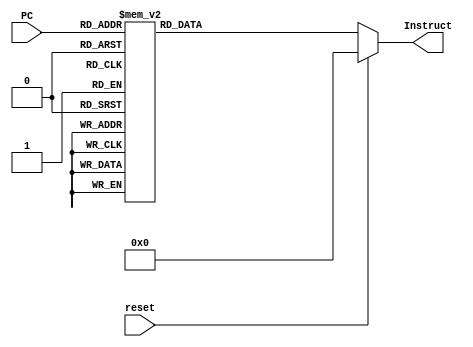
module CPU_Instruction_Memorg(reset,PC,Instruct);
input[6:0] PC;  //only require PC[8:2]
input reset;
output reg[31:0] Instruct;
always@(*) 
 begin
	if(reset) Instruct<=32'b0;
	else 
	 begin
		case(PC[6:0])
		 //Software decoding:
		 7'b0000000: Instruct<=32'b000010_00000000000000000001001101;     //j   reset
     7'b0000001: Instruct<=32'b000010_00000000000000000001010011;     //j   ILLOP
		 7'b0000010: Instruct<=32'b000000_11010_00000_00000_00000_001000; //jr  XADR
		 7'b0000011: Instruct<=32'b001001_00000_01000_0000000011000000; //addiu $t0, $zero, 192   0
		 7'b0000100: Instruct<=32'b101011_00000_01000_0000000000000000; //sw    $t0, 0($zero)
		 7'b0000101: Instruct<=32'b001001_00000_01000_0000000011111001; //addiu $t0, $zero, 249   1
		 7'b0000110: Instruct<=32'b101011_00000_01000_0000000000000100; //sw    $t0, 4($zero)
		 7'b0000111: Instruct<=32'b001001_00000_01000_0000000010100100; //addiu $t0, $zero, 164   2
		 7'b0001000: Instruct<=32'b101011_00000_01000_0000000000001000; //sw    $t0, 8($zero)
		 7'b0001001: Instruct<=32'b001001_00000_01000_0000000010110000; //addiu $t0, $zero, 176   3
		 7'b0001010: Instruct<=32'b101011_00000_01000_0000000000001100; //sw    $t0, 12($zero)
		 7'b0001011: Instruct<=32'b001001_00000_01000_0000000010011001; //addiu $t0, $zero, 153   4
		 7'b0001100: Instruct<=32'b101011_00000_01000_0000000000010000; //sw    $t0, 16($zero)
		 7'b0001101: Instruct<=32'b001001_00000_01000_0000000010010010; //addiu $t0, $zero, 146   5
		 7'b0001110: Instruct<=32'b101011_00000_01000_0000000000010100; //sw    $t0, 20($zero)
		 7'b0001111: Instruct<=32'b001001_00000_01000_0000000010000010; //addiu $t0, $zero, 130   6
		 7'b0010000: Instruct<=32'b101011_00000_01000_0000000000011000; //sw    $t0, 24($zero)
		 7'b0010001: Instruct<=32'b001001_00000_01000_0000000011111000; //addiu $t0, $zero, 248   7
		 7'b0010010: Instruct<=32'b101011_00000_01000_0000000000011100; //sw    $t0, 28($zero)
		 7'b0010011: Instruct<=32'b001001_00000_01000_0000000010000000; //addiu $t0, $zero, 128   8
		 7'b0010100: Instruct<=32'b101011_00000_01000_0000000000100000; //sw    $t0, 32($zero)
		 7'b0010101: Instruct<=32'b001001_00000_01000_0000000010010000; //addiu $t0, $zero, 144   9
		 7'b0010110: Instruct<=32'b101011_00000_01000_0000000000100100; //sw    $t0, 36($zero)
		 7'b0010111: Instruct<=32'b001001_00000_01000_0000000010001000; //addiu $t0, $zero, 136   a
		 7'b0011000: Instruct<=32'b101011_00000_01000_0000000000101000; //sw    $t0, 40($zero)
		 7'b0011001: Instruct<=32'b001001_00000_01000_0000000010000011; //addiu $t0, $zero, 131   b
		 7'b0011010: Instruct<=32'b101011_00000_01000_0000000000101100; //sw    $t0, 44($zero)
		 7'b0011011: Instruct<=32'b001001_00000_01000_0000000011000110; //addiu $t0, $zero, 198   c
		 7'b0011100: Instruct<=32'b101011_00000_01000_0000000000110000; //sw    $t0, 48$(zero)
		 7'b0011101: Instruct<=32'b001001_00000_01000_0000000010100001; //addiu $t0, $zero, 161   d
		 7'b0011110: Instruct<=32'b101011_00000_01000_0000000000110100; //sw    $t0, 52($zero)
		 7'b0011111: Instruct<=32'b001001_00000_01000_0000000010000110; //addiu $t0, $zero, 134   e
		 7'b0100000: Instruct<=32'b101011_00000_01000_0000000000111000; //sw    $t0, 56($zero)
		 7'b0100001: Instruct<=32'b001001_00000_01000_0000000010001110; //addiu $t0, $zero, 142   f
		 7'b0100010: Instruct<=32'b101011_00000_01000_0000000000111100; //sw    $t0, 60($zero)
		 //Initial v0=1
		 7'b0100011: Instruct<=32'b001001_00000_00010_0000000000000001; //addiu $v0, $zero, 1       //$v0:AN
		 //record the two 8bits numbers
		 7'b0100100: Instruct<=32'b000000_00000_00000_0000000000000000;   //nop
		 7'b0100101: Instruct<=32'b100011_10000_10001_0000000000011100;   //lw   $s1, 28($s0)        //$s1:UART_RXD
		 7'b0100110: Instruct<=32'b000000_00000_10001_01001_00000_100000; //add  $t1, $s1, $zero
		 7'b0100111: Instruct<=32'b100011_10000_10010_0000000000011100;   //lw   $s2, 28($s0)        //$s2:UART_RXD
		 7'b0101000: Instruct<=32'b000000_00000_10010_01010_00000_100000; //add  $t2, $s2, $zero
		 7'b0101001: Instruct<=32'b000100_01001_00000_0000000000001000;   //beq  $t1, $zero, caseC   //num1==0,result=num2
		 7'b0101010: Instruct<=32'b000100_01010_00000_0000000000001001;   //beq  $t2, $zero, caseD   //num2==0,result=num1
	  	//Loop1:
		 7'b0101011: Instruct<=32'b000100_01001_01010_0000000000001000;   //beq  $t1, $t2, caseD
		 7'b0101100: Instruct<=32'b000000_01001_01010_01000_00000_101010; //slt  $t0, $t1, $t2
		 7'b0101101: Instruct<=32'b000101_01000_00000_0000000000000010;   //bne  $t0, $zero, caseB
		 //caseA:
		 7'b0101110: Instruct<=32'b000000_01001_01010_01001_00000_100010; //sub  $t1, $t1, $t2       //num1>num2
		 7'b0101111: Instruct<=32'b000010_00000000000000000000101011;     //j    Loop1
		 //caseB:
		 7'b0110000: Instruct<=32'b000000_01010_01001_01010_00000_100010; //sub  $t2, $t2, $t1       //num2>num1
		 7'b0110001: Instruct<=32'b000010_00000000000000000000101011;     //j    Loop1
		 //caseC:
		 7'b0110010: Instruct<=32'b000000_01010_00000_00011_00000_100000; //add  $v1, $t2, $zero     //$v1:result
		 7'b0110011: Instruct<=32'b000010_00000000000000000000110101;     //j    AN                  
	  	//caseD:                  
		 7'b0110100: Instruct<=32'b000000_01001_00000_00011_00000_100000; //add  $v1, $t1, $zero     	 
		 //AN:           
		 7'b0110101: Instruct<=32'b000000_00000_00010_01011_00001_000010; //srl  $t3, $v0, 1         
		 7'b0110110: Instruct<=32'b000100_01011_00000_0000000000001000;   //beq  $t3, $zero, num1     //digital:num1
		 7'b0110111: Instruct<=32'b000000_00000_00010_01011_00010_000010; //srl  $t3, $v0, 2
		 7'b0111000: Instruct<=32'b000100_01011_00000_0000000000001001;   //beq  $t3, $zero, num2     //digital:num2
		 7'b0111001: Instruct<=32'b000000_00000_00010_01011_00011_000010; //srl  $t3, $v0, 3         
		 7'b0111010: Instruct<=32'b000100_01011_00000_0000000000001010;   //beq  $t3, $zero, num3     //digital:num3
     7'b0111011: Instruct<=32'b001001_00000_00010_0000000000000001;   //addiu $v0, $zero, 1       //digital:num4
 		 7'b0111100: Instruct<=32'b000000_00000_10010_10011_00100_000010; //srl  $s3, $s2, 4		 
		 7'b0111101: Instruct<=32'b000000_00000_10011_10011_00010_000000; //sll  $s3, $s3, 2
		 7'b0111110: Instruct<=32'b000010_00000000000000000001001001;     //j     Output
		 //num1:
		 7'b0111111: Instruct<=32'b001100_10001_10011_0000000000001111;   //andi $s3, $s1, 15 
		 7'b1000000: Instruct<=32'b000000_00000_10011_10011_00010_000000; //sll  $s3, $s3, 2 
		 7'b1000001: Instruct<=32'b000010_00000000000000000001001000;     //j    shift 
		 //num2:
		 7'b1000010: Instruct<=32'b000000_00000_10001_10011_00100_000010; //srl  $s3, $s1, 4		 
		 7'b1000011: Instruct<=32'b000000_00000_10011_10011_00010_000000; //sll  $s3, $s3, 2
		 7'b1000100: Instruct<=32'b000010_00000000000000000001001000;     //j    shift
		 //num3:
		 7'b1000101: Instruct<=32'b001100_10010_10011_0000000000001111;   //andi $s3, $s2, 15 
		 7'b1000110: Instruct<=32'b000000_00000_10011_10011_00010_000000; //sll  $s3, $s3, 2 
		 7'b1000111: Instruct<=32'b000010_00000000000000000001001000;     //j    shift 		 
		 //shift:
		 7'b1001000: Instruct<=32'b000000_00000_00010_00010_00001_000000; //sll  $v0, $v0, 1
		 //Output:
		 7'b1001001: Instruct<=32'b000010_00000000000000000001001001;     //j   Output
		 7'b1001010: Instruct<=32'b00000000000000000000000000000000;      //nop
		 7'b1001011: Instruct<=32'b11111111111111111111111111111111;      //exception
		 7'b1001100: Instruct<=32'b000010_00000000000000000000100100;     //j   preparation
	  	//reset:
		 7'b1001101: Instruct<=32'b001001_00000_10100_0000000000000011;   //addiu $s4, $zero, 3  //$s4:TCON=3
		 7'b1001110: Instruct<=32'b001111_00000_10000_0100000000000000;   //lui   $s0, 16384
		 7'b1001111: Instruct<=32'b101011_10000_10100_0000000000001000;   //sw    $s4, 8($s0)
     7'b1010000: Instruct<=32'b001001_00000_10111_0000000000000011;   //addiu $s7, $zero, 3  
     7'b1010001: Instruct<=32'b000000_00000_10111_10111_00010_000000; //sll   $s7, $s7, 2 
		 7'b1010010: Instruct<=32'b000000_10111_00000_00000_00000_001000; //jr    $s7
		 //ILLOP:
		 7'b1010011: Instruct<=32'b101011_10000_10100_0000000000001000;   //sw   $s4, 8($s0)
		 7'b1010100: Instruct<=32'b100011_10011_10101_0000000000000000;   //lw   $s5, 0($s3)     
		 7'b1010101: Instruct<=32'b000000_00000_00010_10110_01000_000000; //sll  $s6, $v0, 8     //$s6:{AN,digital}
		 7'b1010110: Instruct<=32'b000000_10101_10110_10110_00000_100000; //add  $s6, $s5, $s6
	   7'b1010111: Instruct<=32'b101011_10000_10110_0000000000010100;   //sw   $s6, 20($s0)
     7'b1011000: Instruct<=32'b101011_10000_00011_0000000000001100;   //sw   $v1, 12($s0)
     7'b1011001: Instruct<=32'b101011_10000_00011_0000000000011000;   //sw   $v1, 24($s0)
		 7'b1011010: Instruct<=32'b000000_11111_00000_00000_00000_001000; //jr   $ra
		 default:	Instruct<=32'b0;
		endcase
	 end
 end
endmodule